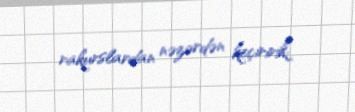
rakurslardan nəzərdən keçiririk.